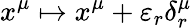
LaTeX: x^{\mu}\mapsto x^{\mu}+\varepsilon_{r}\delta_{r}^{\mu}